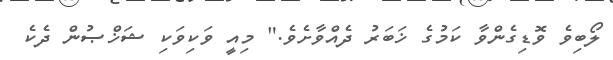
ލޯބިވެ ވޮޑިގެންވާ ކަމުގެ ޚަބަރު ދެއްވާށެވެ." މިއީ ވަކިވަކި ޝަޚްޞުން ދެކެ